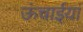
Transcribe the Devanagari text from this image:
ऊंचाईयां